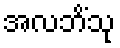
အလဘိံသု